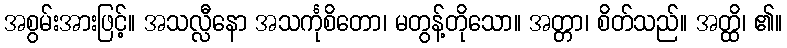
အစွမ်းအားဖြင့်။ အသလ္လီနော အသင်္ကုစိတော၊ မတွန့်တိုသော။ အတ္တာ၊ စိတ်သည်။ အတ္ထိ၊ ၏။